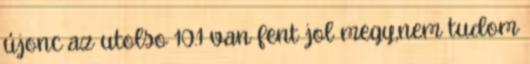
újonc az utolso 10.1 van fent jol megy,nem tudom